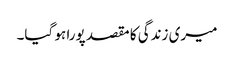
میری زندگی کا مقصد پورا ہو گیا۔